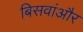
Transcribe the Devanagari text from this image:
बिसवांऔर